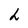
Character: h